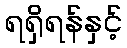
ရရှိရန်နှင့်